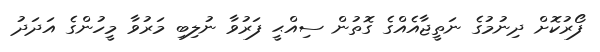
ފޯރުކޮށް ދިނުމުގެ ނަތީޖާއެއްގެ ގޮތުން ސިއްޙީ ފަރުވާ ނުލިބި މަރުވާ މީހުންގެ އަދަދު